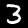
Label: 3